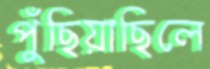
পুঁছিয়াছিলে